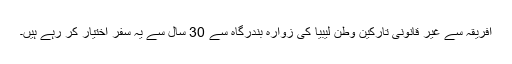
افریقہ سے غیر قانونی تارکین وطن لیبیا کی زوارہ بندرگاہ سے 30 سال سے یہ سفر اختیار کر رہے ہیں۔